Civil Veterinary Dept. North-West Frontier Province 1901-22 - 1901-1922
Year: 1901
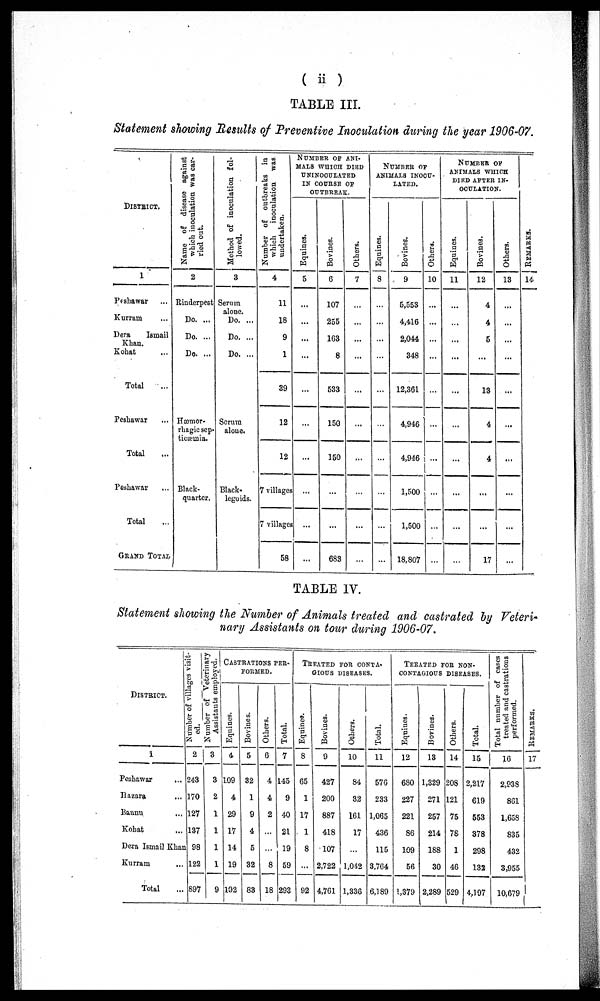
( ii )
TABLE III.
Statement showing Results of Preventive Inoculation during the year 1906-07.
DISTRICT.
1
Peshawar ...
Kurram ...
Dera
Ismail
Khan.
Kohat ...
Total ...
Peshawar ...
Total ...
Peshawar ...
Total ...
GRAND TOTAL
Name of disease against
which inoculation was car-
ried out.
2
Rinderpest
Do. ...
Do. ...
Do. ...
Hæmor-
rhagic sep-
tieæmia.
Black-
quarter.
Method of inoculation fol-
lowed.
3
Serum
alone.
Do. ...
Do. ...
Do. ...
Serum
alone.
Black-
legoids.
Number of outbreaks in
which
inoculation
was
undertaken.
4
11
18
9
1
39
12
12
7 village
7 villages
58
NUMBER OF ANI-
MALS WHICH DIED
UNINOCULATED
IN COURSE OF
OUTBREAK.
Equines.
5
...
...
...
...
...
...
...
...
...
...
Bovines.
6
107
255
163
8
533
150
150
...
...
683
Others.
7
...
...
...
...
...
...
...
...
...
...
NUMBER OF
ANIMALS INOCU-
LATED.
Equines.
8
...
...
...
...
...
...
...
...
...
...
Bovines.
9
5,553
4,416
2,044
348
12,361
4,946
4,946
1,500
1,500
18,807
Others.
10
...
...
...
...
...
...
...
...
...
...
NUMBER OF
ANIMALS WHICH
DIED AFTER IN-
OCULATION.
Equines.
11
...
...
...
...
...
...
...
...
...
...
Bovines.
12
4
4
5
...
13
4
4
...
...
17
Others.
13
...
...
...
...
...
...
...
...
...
...
REMARKS
14
TABLE IV.
Statement showing the Number of Animals treated and castrated by Veteri-
nary Assistants on tour during 1906-07.
DISTRICT.
1
Peshawar
...
Hazara ...
Bannu ...
Kohat ...
Dera Ismail Khan
Kurram ...
Total ...
Number of villages visit-
ed.
2
243
170
127
137
98
122
897
Number of veterinary
Assistants employed.
3
3
2
1
1
1
1
9
CASTRATIONS PER-
FORMED.
Eqnines.
4
109
4
29
17
14
19
192
Bovines.
5
32
1
9
4
5
32
83
Others.
6
4
4
2
...
...
8
18
Total.
7
145
9
40
21
19
59
293
TREATED FOR CONTA-
GIOUS DISEASES.
Equines.
8
65
1
17
1
8
...
92
Boviues.
9
427
200
887
418
107
2,722
4,761
Others.
10
84
32
161
17
...
1,042
1,336
Total.
11
576
233
1,065
436
115
3,764
6,189
TREATED FOR NON-
---------- DISEASES.
Equines.
12
680
227
221
86
109
56
1,379
Boviues.
13
1,329
271
257
214
188
30
2,289
Others.
14
208
121
75
78
1
46
529
Total.
15
2,217
619
553
378
298
132
4,197
Total number of cases
treated and castrations
performed.
16
2,938
861
1,658
835
432
3,955
10,679
REMARKS.
17